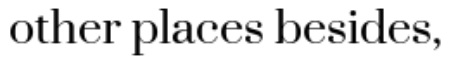
other places besides,